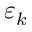
\varepsilon _ { k }